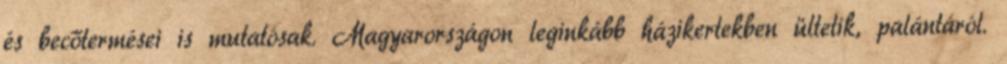
és becőtermései is mutatósak. Magyarországon leginkább házikertekben ültetik, palántáról.